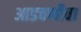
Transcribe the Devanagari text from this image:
आडचणीचा